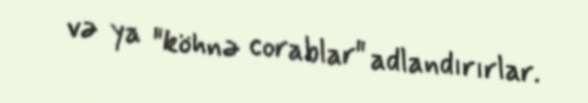
və ya "köhnə corablar" adlandırırlar.